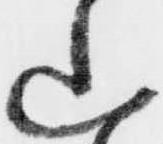
山